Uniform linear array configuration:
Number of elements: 8
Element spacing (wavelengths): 0.5
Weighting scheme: cosine
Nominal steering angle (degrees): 0
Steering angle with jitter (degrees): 0.5706
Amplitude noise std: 0.05
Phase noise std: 0.05

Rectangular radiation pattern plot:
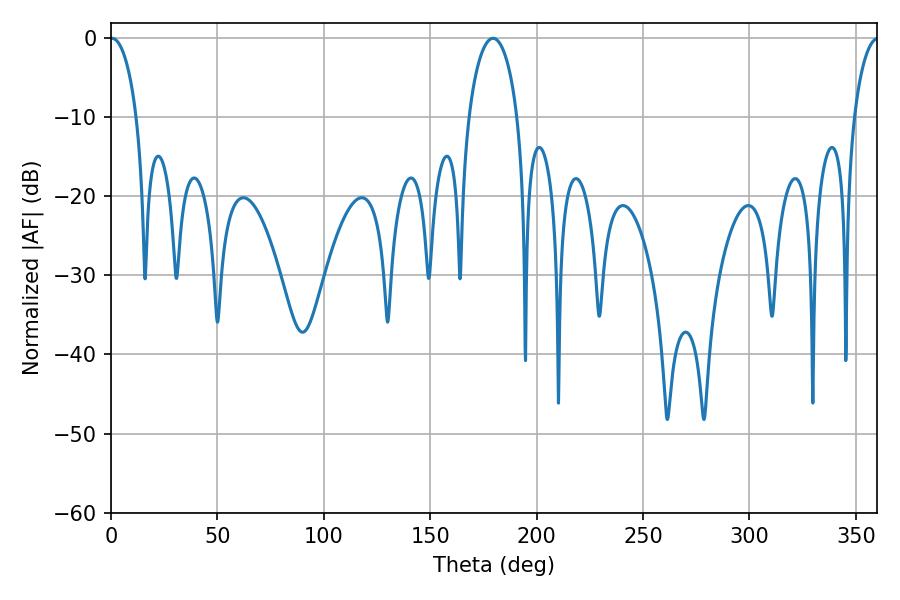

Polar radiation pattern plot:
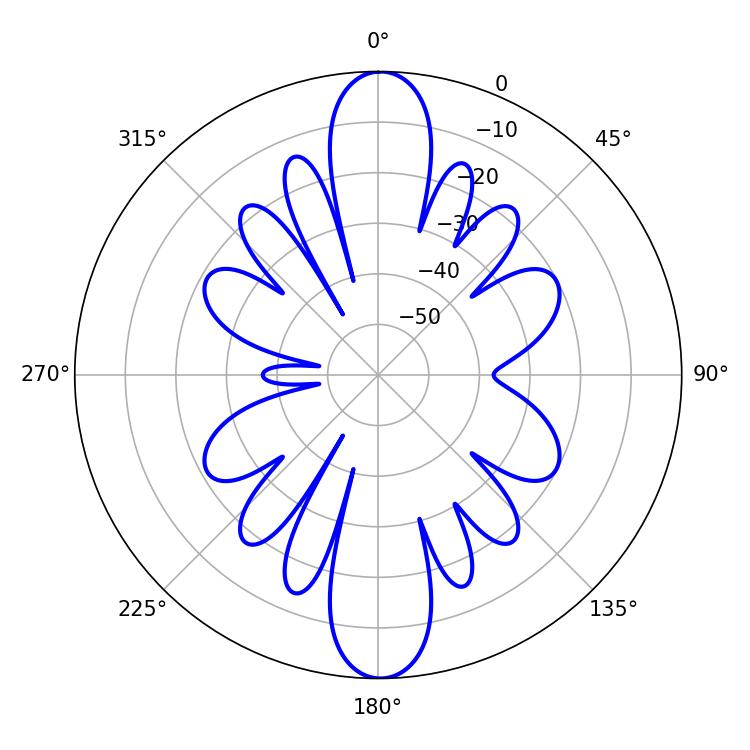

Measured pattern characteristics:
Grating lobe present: FALSE
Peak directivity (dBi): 25.762
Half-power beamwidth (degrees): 7.02
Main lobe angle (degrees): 0.54